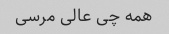
همه چی عالی مرسی